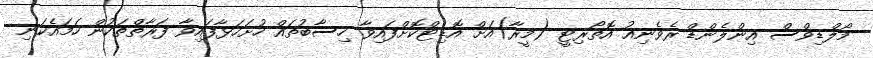
މޯލްޑިވްސް އިންލެންޑް ރެވެނިއު އޮތޯރިޓީ (މީރާ)އަށް އޮޑިޓްކޮށްފައިވާ ހިސާބުތައް ހުށަހަޅާފައިވާ ފަރާތްތަކުން ހަމައެކަނި